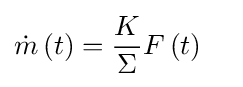
{\dot {m}}\left(t\right)={\frac {K}{\Sigma }}F\left(t\right)\quad